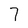
Character: 7